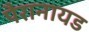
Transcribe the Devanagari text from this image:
पैरानायड